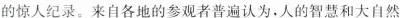
的惊人纪录。来自各地的参观者普遍认为。人的智慧和大自然